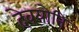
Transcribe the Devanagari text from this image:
देवयोनि